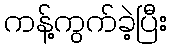
ကန့်ကွက်ခဲ့ပြီး